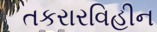
તકરારવિહીન